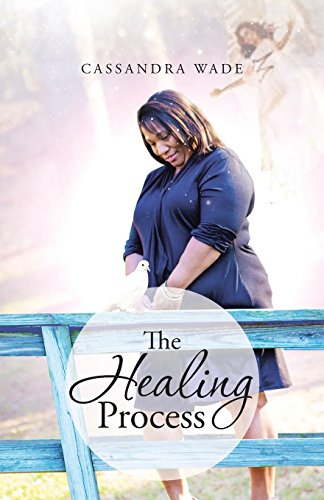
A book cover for The Healing Process; Cassandra Wade; Religion & Spirituality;